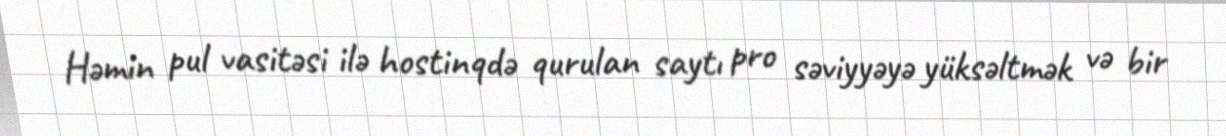
Həmin pul vasitəsi ilə hostinqdə qurulan saytı pro səviyyəyə yüksəltmək və bir